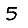
Digit: 5